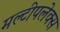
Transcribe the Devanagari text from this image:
मल्टीपलेक्स